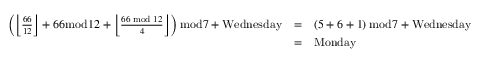
{ \begin{array} { l l l } { \left( { \left\lfloor { \frac { 6 6 } { 1 2 } } \right\rfloor + 6 6 { \bmod { 1 } } 2 + \left\lfloor { \frac { 6 6 { \bmod { 1 } } 2 } { 4 } } \right\rfloor } \right) { \bmod { 7 } } + \mathrm { { W e d n e s d a y } } } & { = } & { \left( 5 + 6 + 1 \right) { \bmod { 7 } } + \mathrm { { W e d n e s d a y } } } \\ { \ } & { = } & { \mathrm { { M o n d a y } } } \end{array} }